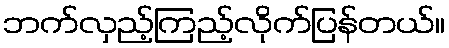
ဘက်လှည့်ကြည့်လိုက်ပြန်တယ်။